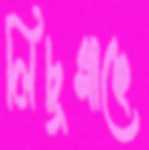
লিচুগাছে